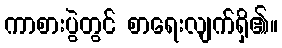
ကာစားပွဲတွင် စာရေးလျက်ရှိ၏။